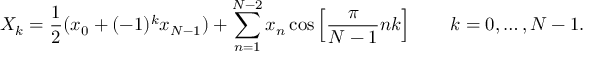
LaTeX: X _ { k } = { \frac { 1 } { 2 } } ( x _ { 0 } + ( - 1 ) ^ { k } x _ { N - 1 } ) + \sum _ { n = 1 } ^ { N - 2 } x _ { n } \cos \left[ { \frac { \pi } { N - 1 } } n k \right] \quad \quad k = 0 , \dots , N - 1 .